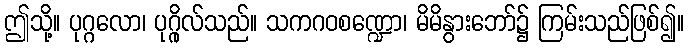
ဤသို့။ ပုဂ္ဂလော၊ ပုဂ္ဂိုလ်သည်။ သကဂဝစဏ္ဍော၊ မိမိနွားဘော်၌ ကြမ်းသည်ဖြစ်၍။